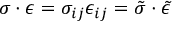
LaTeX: { \boldsymbol { \sigma } } \cdot { \boldsymbol { \epsilon } } = \sigma _ { i j } \epsilon _ { i j } = { \tilde { \sigma } } \cdot { \tilde { \epsilon } }